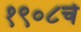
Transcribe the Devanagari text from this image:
१९०८चे